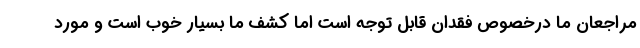
مراجعان ما درخصوص فقدان قابل توجه است اما کشف ما بسیار خوب است و مورد